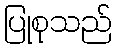
ပြုစုသည်